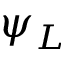
\psi _ { L }